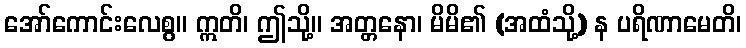
အော်ကောင်းလေစွ။ ဣတိ၊ ဤသို့။ အတ္တနော၊ မိမိ၏ (အထံသို့) န ပရိဏာမေတိ၊